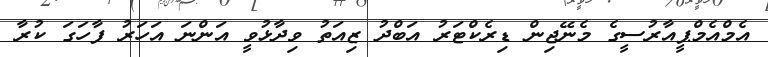
އެމްއެމްޕީއާރުސީގެ މެނޭޖިން ޑިރެކްޓަރު އަބްދު ޒިއަތު ވިދާޅުވީ އަންނަ އަހަރު ފާހަގަ ކުރާ